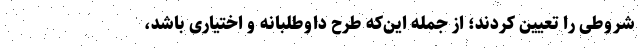
شروطی را تعیین کردند؛ از جمله این‌که طرح داوطلبانه و اختیاری باشد،